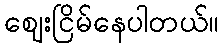
ဈေးငြိမ်နေပါတယ်။